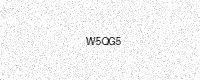
Text: W5QG5